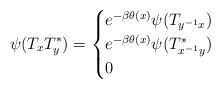
LaTeX: \begin{align*} \psi(T_xT_y^*) = \begin{cases} e^{-\beta \theta(x)}\psi(T_{y^{-1}x}) & \\ e^{-\beta \theta(x)}\psi(T_{x^{-1}y}^*) & \\ 0 & \end{cases}\end{align*}